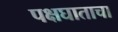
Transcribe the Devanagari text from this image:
पक्षघाताचा